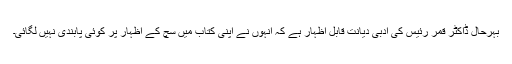
بہرحال ڈاکٹر قمر رئیس کی ادبی دیانت قابل اظہار ہے کہ انہوں نے اپنی کتاب میں سچ کے اظہار پر کوئی پابندی نہیں لگائی۔